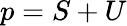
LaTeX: p=S+U